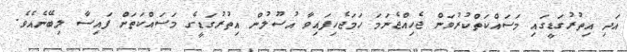
އަދި އިތުރުގަޑީގައި މަސައްކަތްކުރުވަން ޖެހިއްޖެނަމަ ހަމަޖެހިފައިވާ އުސޫލުން އިތުރުގަޑީގެ މަސައްކަތަށް ފައިސާ ލިބޭނެއެވެ.